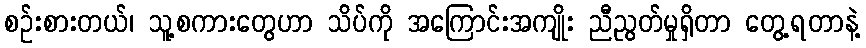
စဉ်းစားတယ်၊ သူ့စကားတွေဟာ သိပ်ကို အကြောင်းအကျိုး ညီညွတ်မှုရှိတာ တွေ့ရတာနဲ့